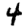
Digit: 4